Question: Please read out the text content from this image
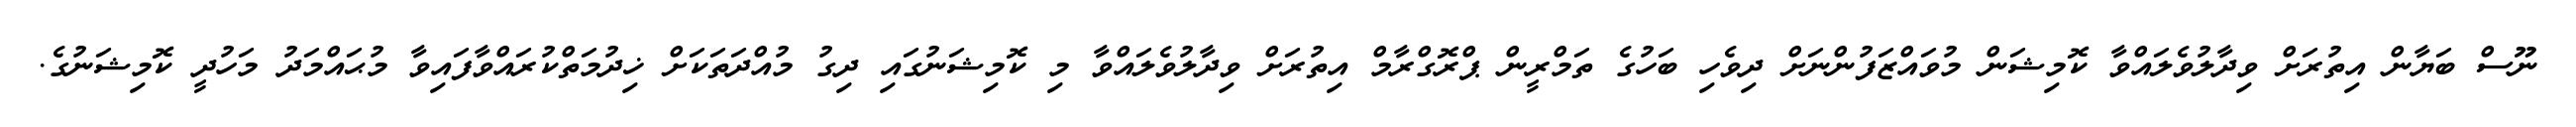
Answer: ނޫސް ބަޔާން އިތުރަށް ވިދާލުވެލައްވާ ކޮމިޝަން މުވައްޒަފުންނަށް ދިވެހި ބަހުގެ ތަމްރީން ޕްރޮގްރާމް އިތުރަށް ވިދާލުވެލައްވާ މި ކޮމިޝަނުގައި ދިގު މުއްދަތަކަށް ޚިދުމަތްކުރައްވާފައިވާ މުޙައްމަދު މަހުދީ ކޮމިޝަނުގެ.